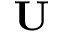
\bf U